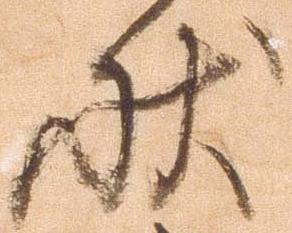
状